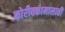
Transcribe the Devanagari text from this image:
कोरीवकामासाठी